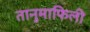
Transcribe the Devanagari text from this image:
तानुमाफिली